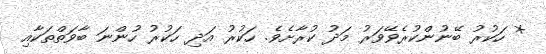
* ހަކުރު ބޭނުންކުރެވޭވަރު މަދު ކުރާށެވެ. ހަކުރު އަދި ހަކުރު ހުންނަ ބާވަތްތަކާއި